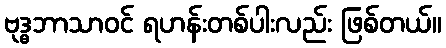
ဗုဒ္ဓဘာသာဝင် ရဟန်းတစ်ပါးလည်း ဖြစ်တယ်။